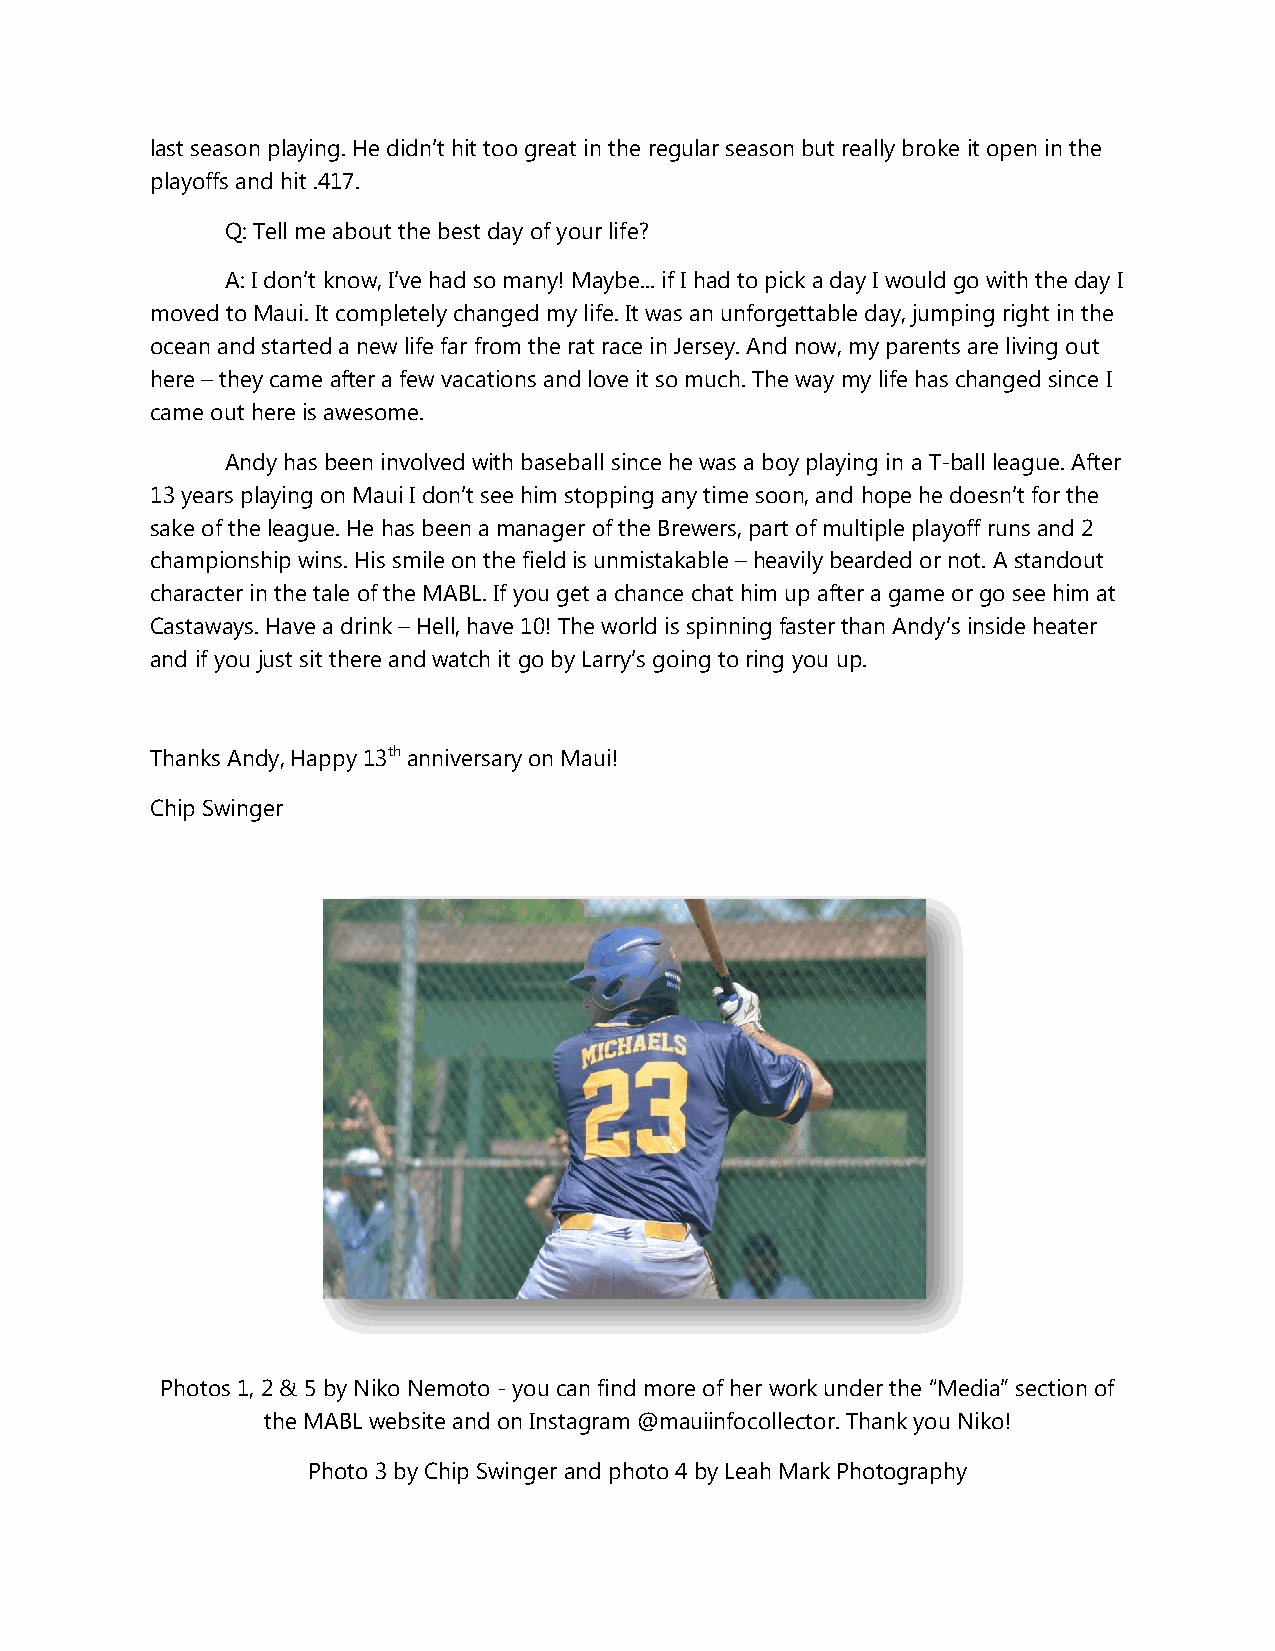
last season playing. He didn’t hit too great in the regular season but really broke it open in the
 playoffs and hit .417.
 Q: Tell me about the best day of your life?
 A: I don’t know, I’ve had so many! Maybe... if I had to pick a day I would go with the day I
 moved to Maui. It completely changed my life. It was an unforgettable day, jumping right in the
 ocean and started a new life far from the rat race in Jersey. And now, my parents are living out
 here – they came after a few vacations and love it so much. The way my life has changed since I
 came out here is awesome.
 Andy has been involved with baseball since he was a boy playing in a T-ball league. After
 13 years playing on Maui I don’t see him stopping any time soon, and hope he doesn’t for the
 sake of the league. He has been a manager of the Brewers, part of multiple playoff runs and 2
 championship wins. His smile on the field is unmistakable – heavily bearded or not. A standout
 character in the tale of the MABL. If you get a chance chat him up after a game or go see him at
 Castaways. Have a drink – Hell, have 10! The world is spinning faster than Andy’s inside heater
 and if you just sit there and watch it go by Larry’s going to ring you up.
 Thanks Andy, Happy 13th anniversary on Maui!
 Chip Swinger
 Photos 1, 2 & 5 by Niko Nemoto - you can find more of her work under the “Media” section of
 the MABL website and on Instagram @mauiinfocollector. Thank you Niko!
 Photo 3 by Chip Swinger and photo 4 by Leah Mark Photography